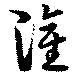
灌